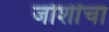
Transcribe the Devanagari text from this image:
जोशींचा